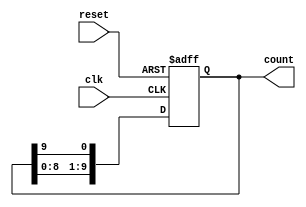
module decade_ring_counter (
    input wire clk,       // Clock input
    input wire reset,     // Asynchronous reset
    output reg [9:0] count // 10-bit output representing the current count
);

// Initial state
initial begin
    count = 10'b0000000001; // Set to the first state (0000 0001)
end

// Always block triggered on the rising edge of the clock or reset
always @(posedge clk or posedge reset) begin
    if (reset) begin
        count <= 10'b0000000001; // Reset to the first state
    end else begin
        // Shift the '1' bit to the next position
        count <= {count[8:0], count[9]}; // Circular shift
    end
end

endmodule